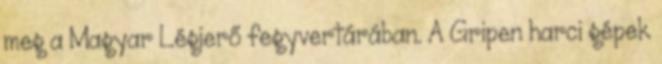
meg a Magyar Légierő fegyvertárában. A Gripen harci gépek